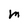
Character: M